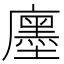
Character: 𢋨